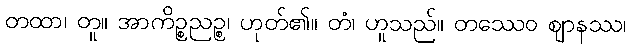
တထာ၊ တူ။ အာကိဉ္စညဉ္စ၊ ဟုတ်၏။ တံ၊ ဟူသည်။ တဿေဝ ဈာနဿ၊